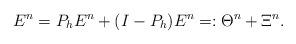
LaTeX: \begin{align*} E^n = P_h E^n + (I-P_h) E^n =: \Theta^n + \Xi^n. \end{align*}